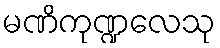
မဏိကုဏ္ဍလေသု